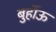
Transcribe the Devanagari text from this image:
बुर्होऊ